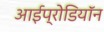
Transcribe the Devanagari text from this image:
आईप्रोडियॉन